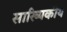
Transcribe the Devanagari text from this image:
साख्यिकीय